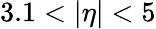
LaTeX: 3.1<|\eta|<5